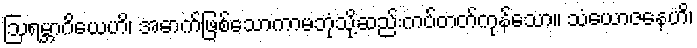
ဩရမ္ဘာဂိယေဟိ၊ အောက်ဖြစ်သောကာမဘုံသို့ဆည်းကပ်တတ်ကုန်သော။ သံယောဇနေဟိ၊